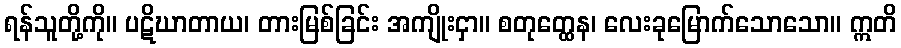
ရန်သူတို့ကို။ ပဋိဃာတာယ၊ တားမြစ်ခြင်း အကျိုးငှာ။ စတုတ္ထေန၊ လေးခုမြောက်သောသော။ ဣတိ